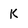
Character: K